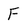
Character: F